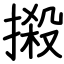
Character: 摋